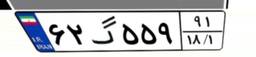
۲۹گ۸۲۸۱۷